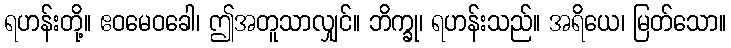
ရဟန်းတို့။ ဧဝမေဝခေါ၊ ဤအတူသာလျှင်။ ဘိက္ခု၊ ရဟန်းသည်။ အရိယေ၊ မြတ်သော။